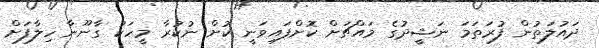
ދައުލަތުން ފުރަތަމަ ނަޝީދުގެ މައްޗަށް ކޮށްފައިވަނީ ކުށް ނުކުރާ މީހަކު ގާނޫނާ ހިލާފަށް